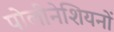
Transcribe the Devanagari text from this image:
पोलीनेशियनों